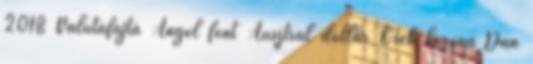
2018 Valutafajta Angol font Ausztrál dollár Cseh korona Dán